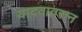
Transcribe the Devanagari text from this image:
यादवावरुन